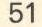
51